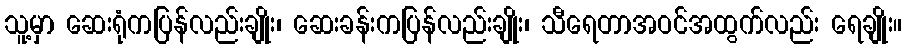
သူ့မှာ ဆေးရုံကပြန်လည်းချိုး၊ ဆေးခန်းကပြန်လည်းချိုး၊ သီရေတာအဝင်အထွက်လည်း ရေချိုး။